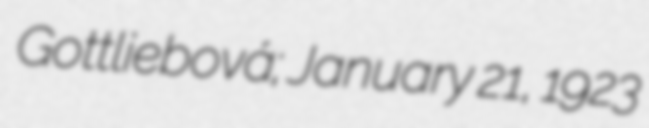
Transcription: Gottliebová; January 21, 1923